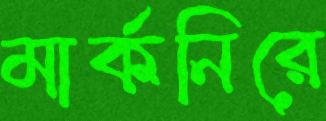
মার্কনিরে